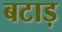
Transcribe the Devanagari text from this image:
बटाड़